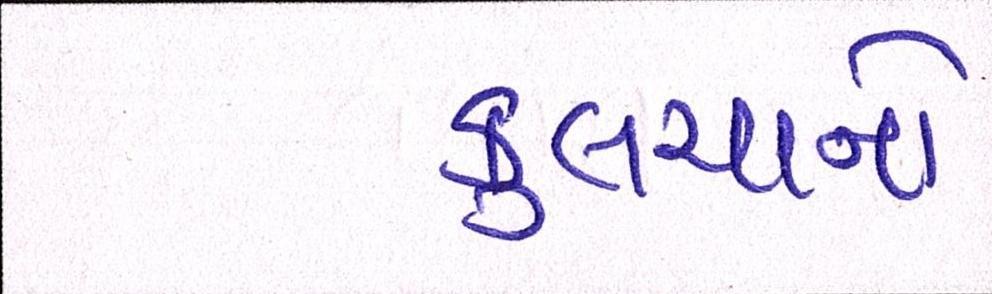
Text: કુલચાનો